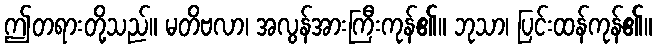
ဤတရားတို့သည်။ မတိဗလာ၊ အလွန်အားကြီးကုန်၏။ ဘုသာ၊ ပြင်းထန်ကုန်၏။